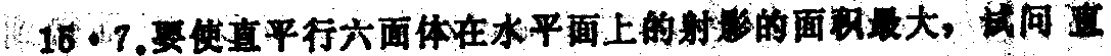
15.7.要使直平行六面体在水平面上的射影的面积最大，试问直